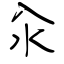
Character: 汆